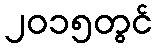
၂၀၁၅တွင်